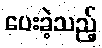
ပေးခဲ့သည့်